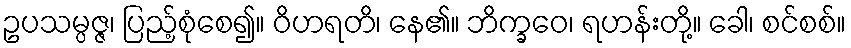
ဥပသမ္ပဇ္ဇ၊ ပြည့်စုံစေ၍။ ဝိဟရတိ၊ နေ၏။ ဘိက္ခဝေ၊ ရဟန်းတို့။ ခေါ၊ စင်စစ်။